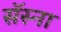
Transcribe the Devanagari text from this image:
सॅस्ना